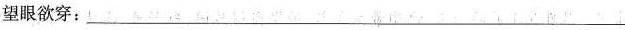
望眼欲穿：___